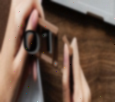
01